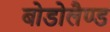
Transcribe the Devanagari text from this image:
बोडोलैण्ड